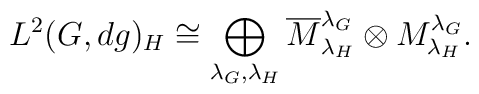
L^2(G,dg)_H\cong \bigoplus_{\lambda_G,\lambda_H} \overline{M}^{\lambda_G}_{\lambda_H}	\otimes M^{\lambda_G}_{\lambda_H}.